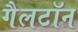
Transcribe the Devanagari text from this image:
गैलटॉन